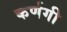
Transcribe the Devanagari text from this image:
कर्णगी